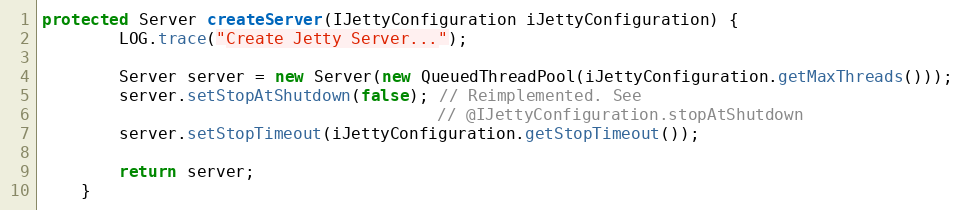
Language: Java
protected Server createServer(IJettyConfiguration iJettyConfiguration) {
        LOG.trace("Create Jetty Server...");

        Server server = new Server(new QueuedThreadPool(iJettyConfiguration.getMaxThreads()));
        server.setStopAtShutdown(false); // Reimplemented. See
                                         // @IJettyConfiguration.stopAtShutdown
        server.setStopTimeout(iJettyConfiguration.getStopTimeout());

        return server;
    }